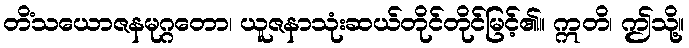
တိံသယောဇနမုဂ္ဂတော၊ ယူဇနာသုံးဆယ်တိုင်တိုင်မြင့်၏။ ဣတိ၊ ဤသို့။